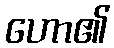
ဟော၏